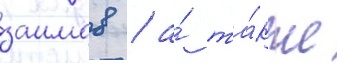
заимов / а́ та́кже